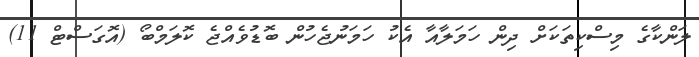
ލަންކާގެ މިސްކިތަކަށް ދިން ހަމަލާއާ އެކު ހަމަނުޖެހުން ބޮޑުވެއްޖެ ކޮލަމްބޯ (އޮގަސްޓް 11)